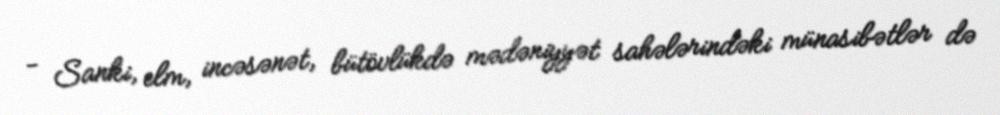
- Sanki, elm, incəsənət, bütövlükdə mədəniyyət sahələrindəki münasibətlər də